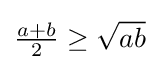
{\textstyle {\frac {a+b}{2}}\geq {\sqrt {ab}}}